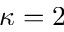
\kappa = 2